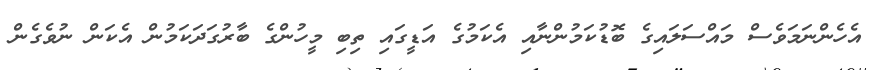
އެހެންނަމަވެސް މައްސަލައިގެ ބޮޑުކަމުންނާއި އެކަމުގެ އަޑީގައި ތިބި މީހުންގެ ބާރުގަދަކަމުން އެކަން ނުވެގެން